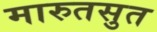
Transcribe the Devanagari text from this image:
मारुतसुत